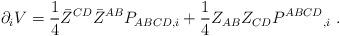
LaTeX: \begin{align*}\partial_i V ={1\over 4} \bar Z^{CD} \bar Z^{AB} P_{ABCD,i} + {1\over 4}Z_{AB} Z_{CD}P^{ABCD}{}_{,i} \ .\end{align*}